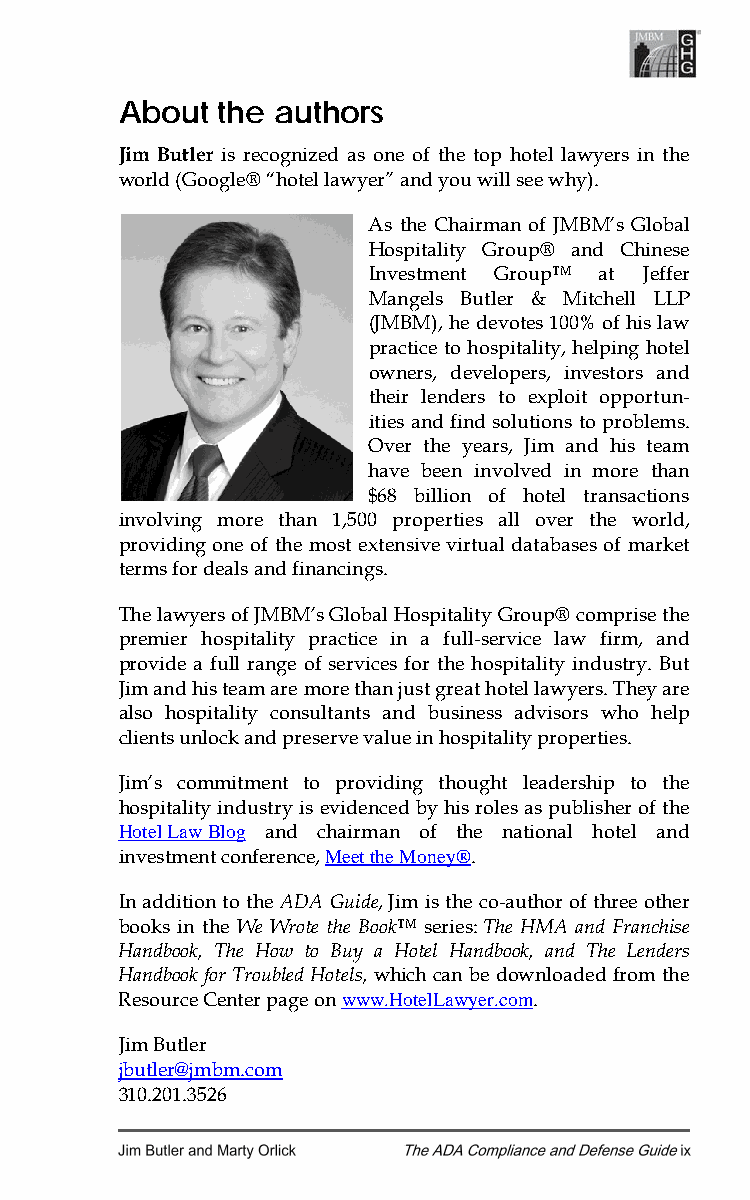
About the authors
 Jim Butler is recognized as one of the top hotel lawyers in the
 world (Google® “hotel lawyer” and you will see why).
 As the Chairman of JMBM’s Global
 Hospitality Group® and Chinese
 Investment Group™ at Jeffer
 Mangels Butler & Mitchell LLP
 (JMBM), he devotes 100% of his law
 practice to hospitality, helping hotel
 owners, developers, investors and
 their lenders to exploit opportun-
 ities and find solutions to problems.
 Over the years, Jim and his team
 have been involved in more than
 $68 billion of hotel transactions
 involving more than 1,500 properties all over the world,
 providing one of the most extensive virtual databases of market
 terms for deals and financings.
 The lawyers of JMBM’s Global Hospitality Group® comprise the
 premier hospitality practice in a full-service law firm, and
 provide a full range of services for the hospitality industry. But
 Jim and his team are more than just great hotel lawyers. They are
 also hospitality consultants and business advisors who help
 clients unlock and preserve value in hospitality properties.
 Jim’s commitment to providing thought leadership to the
 hospitality industry is evidenced by his roles as publisher of the
 Hotel Law Blog and chairman of the national hotel and
 investment conference, Meet the Money®.
 In addition to the ADA Guide, Jim is the co-author of three other
 books in the We Wrote the Book™ series: The HMA and Franchise
 Handbook, The How to Buy a Hotel Handbook, and The Lenders
 Handbook for Troubled Hotels, which can be downloaded from the
 Resource Center page on www.HotelLawyer.com.
 Jim Butler
 jbutler@jmbm.com
 310.201.3526